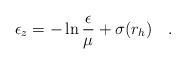
LaTeX: \begin{align*}\epsilon_z=-\ln{\epsilon \over \mu} + \sigma(r_h)~~~.\end{align*}